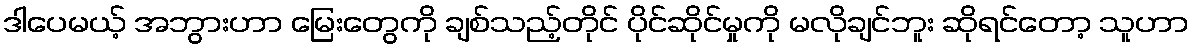
ဒါပေမယ့် အဘွားဟာ မြေးတွေကို ချစ်သည့်တိုင် ပိုင်ဆိုင်မှုကို မလိုချင်ဘူး ဆိုရင်တော့ သူဟာ